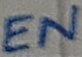
Text: EN